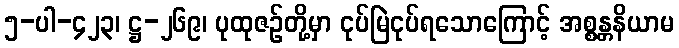
၅-ပါ-၄၂၃၊ ဋ္ဌ-၂၆၉၊ ပုထုဇဉ်တို့မှာ ငုပ်မြဲငုပ်ရသောကြောင့် အစ္စန္တနိယာမ